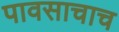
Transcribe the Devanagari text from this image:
पावसाचाच